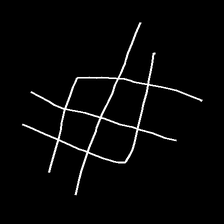
Glyph: crystal